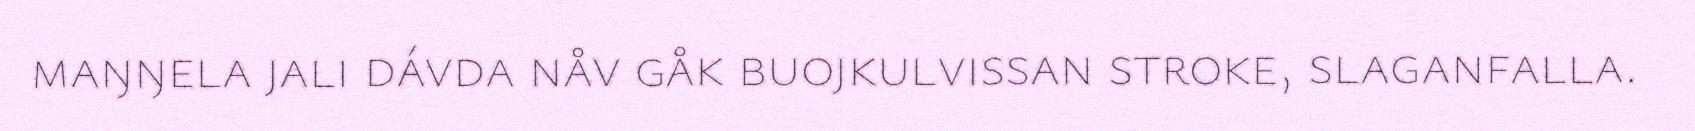
maŋŋela jali dávda nåv gåk buojkulvissan stroke, slaganfalla.